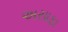
અસાફા